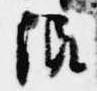
限